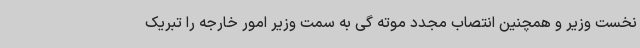
نخست وزیر و همچنین انتصاب مجدد موته گی به سمت وزیر امور خارجه را تبریک